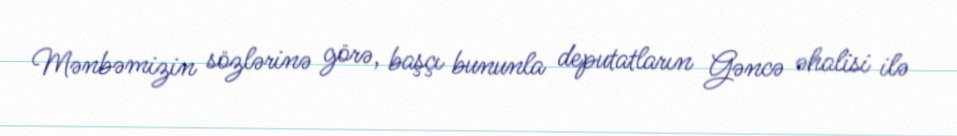
Mənbəmizin sözlərinə görə, başçı bununla deputatların Gəncə əhalisi ilə